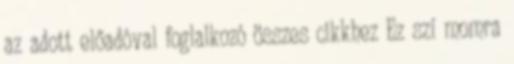
az adott előadóval foglalkozó összes cikkhez Ez szí momra